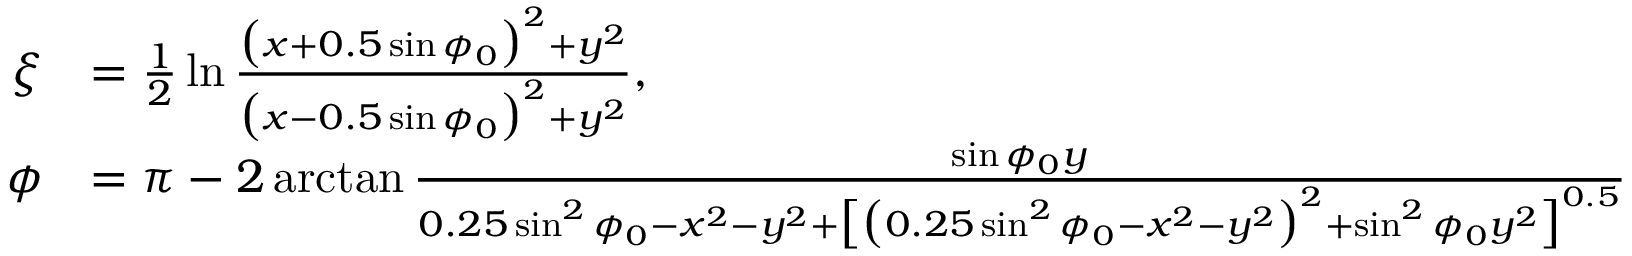
\begin{array} { r l } { \xi } & { = \frac { 1 } { 2 } \ln \frac { \bigl ( x + 0 . 5 \sin \phi _ { 0 } \bigr ) ^ { 2 } + y ^ { 2 } } { \bigl ( x - 0 . 5 \sin \phi _ { 0 } \bigr ) ^ { 2 } + y ^ { 2 } } , } \\ { \phi } & { = \pi - 2 \arctan \frac { \sin \phi _ { 0 } y } { 0 . 2 5 \sin ^ { 2 } \phi _ { 0 } - x ^ { 2 } - y ^ { 2 } + \bigl [ \bigl ( 0 . 2 5 \sin ^ { 2 } \phi _ { 0 } - x ^ { 2 } - y ^ { 2 } \bigr ) ^ { 2 } + \sin ^ { 2 } \phi _ { 0 } y ^ { 2 } \bigr ] ^ { 0 . 5 } } } \end{array}